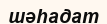
шәһадат